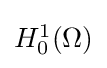
{\textstyle H_{0}^{1}(\Omega )}